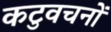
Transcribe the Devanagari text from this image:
कटुवचनों